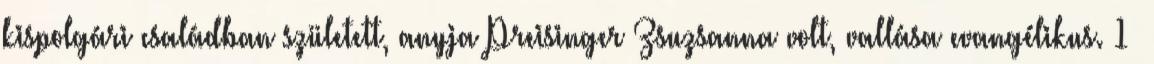
kispolgári családban született, anyja Preisinger Zsuzsanna volt, vallása evangélikus. 1